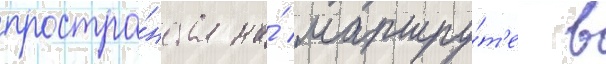
простра́нства на́ маршру́т'е в